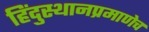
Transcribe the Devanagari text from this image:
हिंदुस्थानप्रमाणेच